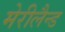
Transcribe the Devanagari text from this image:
मेरीलैन्ड